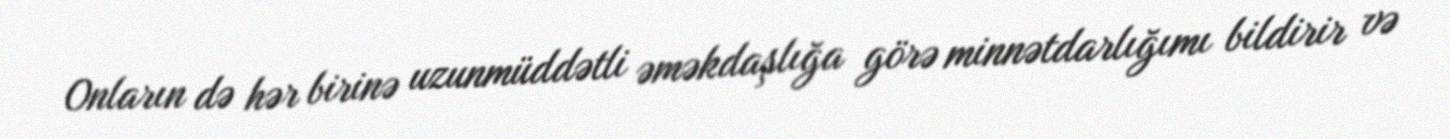
Onların də hər birinə uzunmüddətli əməkdaşlığa görə minnətdarlığımı bildirir və